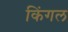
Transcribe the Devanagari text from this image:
किंगल